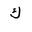
Letter: _kaf